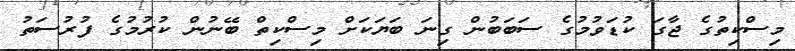
މިސްކިތުގެ ޖާގަ ކުޑަވުމުގެ ސަބަބުން ގިނަ ބަޔަކަށް މިސްކިތް ބޭނުން ކުރުމުގެ ފުރުސަތު